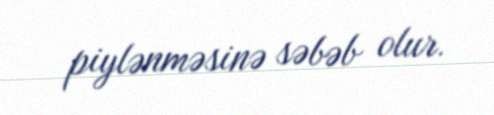
piylənməsinə səbəb olur.